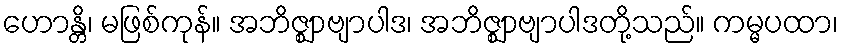
ဟောန္တိ၊ မဖြစ်ကုန်။ အဘိဇ္ဈာဗျာပါဒ၊ အဘိဇ္ဈာဗျာပါဒတို့သည်။ ကမ္မပထာ၊